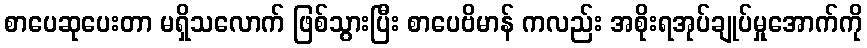
စာပေဆုပေးတာ မရှိသလောက် ဖြစ်သွားပြီး စာပေဗိမာန် ကလည်း အစိုးရအုပ်ချုပ်မှုအောက်ကို